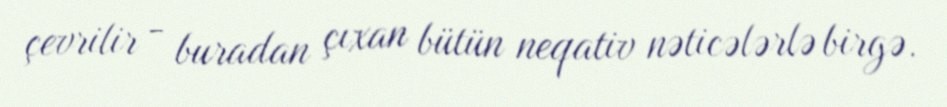
çevrilir - buradan çıxan bütün neqativ nəticələrlə birgə.